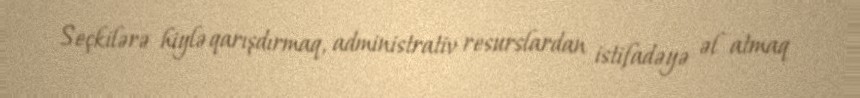
Seçkilərə hiylə qarışdırmaq, administrativ resurslardan istifadəyə əl atmaq